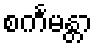
စင်္ကမန္တာ